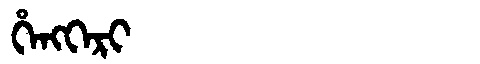
Manchu: ᡥᡝᠩᡴᡝᡵᡳ
Romanization: HENGKERI